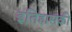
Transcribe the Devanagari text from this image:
इतिहासकी